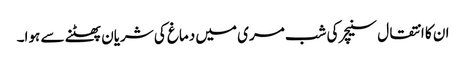
ان کا انتقال سنیچر کی شب مری میں دماغ کی شریان پھٹنے سے ہوا۔